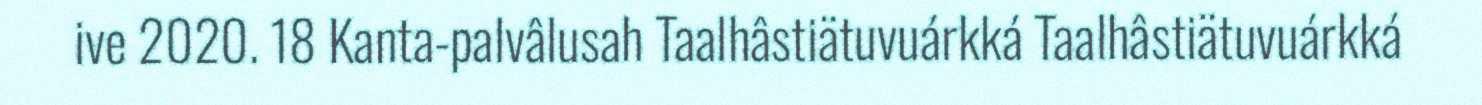
ive 2020. 18 Kanta-palvâlusah Taalhâstiätuvuárkká Taalhâstiätuvuárkká